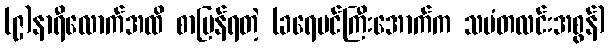
(၉)နာရီလောက်အထိ စာပြန်ရတဲ့ (ခရေပင်ကြီးအောက်က သမံတလင်းအစွန်)